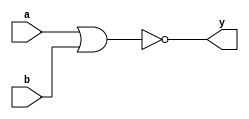
`timescale 1ns / 1ps
//////////////////////////////////////////////////////////////////////////////////
// Company: 
// Engineer: 
// 
// Design Name: 
// Module Name:    gnor 
// Project Name: 
// Target Devices: 
// Tool versions: 
// Description: 
//
// Dependencies: 
//
// Revision: 
// Revision 0.01 - File Created
// Additional Comments: 
//
//////////////////////////////////////////////////////////////////////////////////
module gnor(
    input a,
    input b,
    output y
    );
	 nor(y,a,b);


endmodule